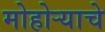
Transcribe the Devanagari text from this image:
मोहोर्‍याचे